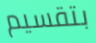
بتقسيم